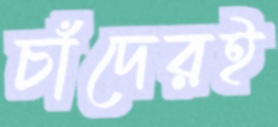
চাঁদেরই